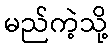
မည်ကဲ့သို့